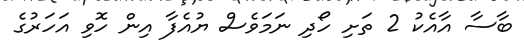
ބާސާ އާއެކު 2 ތަށި ހޯދި ނަމަވެސް ޔުއެފާ އިން ހޮވި އަހަރުގެ